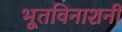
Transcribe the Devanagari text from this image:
भूतविनाशनी